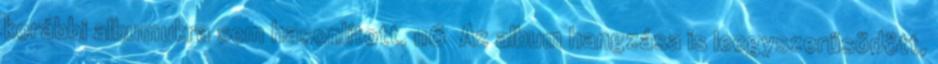
korábbi albumukra sem hasonlított. 116 Az album hangzása is leegyszerűsödött,